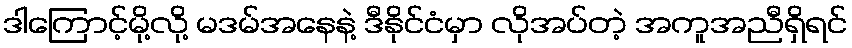
ဒါကြောင့်မို့လို့ မဒမ်အနေနဲ့ ဒီနိုင်ငံမှာ လိုအပ်တဲ့ အကူအညီရှိရင်